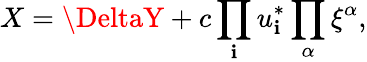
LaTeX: X=\DeltaY+c\prod_{\mathbf{i}}u_{\mathbf{i}}^{*}\prod_{\alpha}\xi^{\alpha},